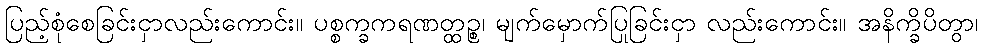
ပြည့်စုံစေခြင်းငှာလည်းကောင်း။ ပစ္စက္ခကရဏတ္ထဉ္စ၊ မျက်မှောက်ပြုခြင်းငှာ လည်းကောင်း။ အနိက္ခိပိတွာ၊